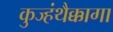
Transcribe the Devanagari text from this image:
कुज्हंथैक्कागा